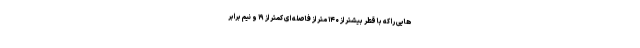
هایی را که با قطر بیشتر از ۱۴۰ متر از فاصله ای کمتر از ۱۹ و نیم برابر